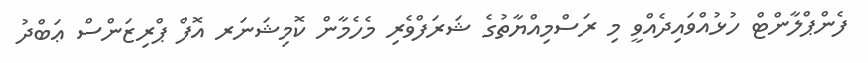
ފެންޕްލާންޓް ހުޅުއްވައިދެއްވީ މި ރަސްމިއްޔާތުގެ ޝަރަފްވެރި މެހެމާން ކޮމިޝަނަރ އޮފް ޕްރިޒަންސް ޢަބްދު